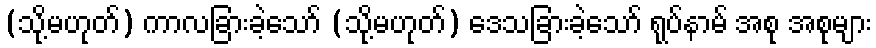
(သို့မဟုတ်) ကာလခြားခဲ့သော် (သို့မဟုတ်) ဒေသခြားခဲ့သော် ရုပ်နာမ် အစု အစုများ